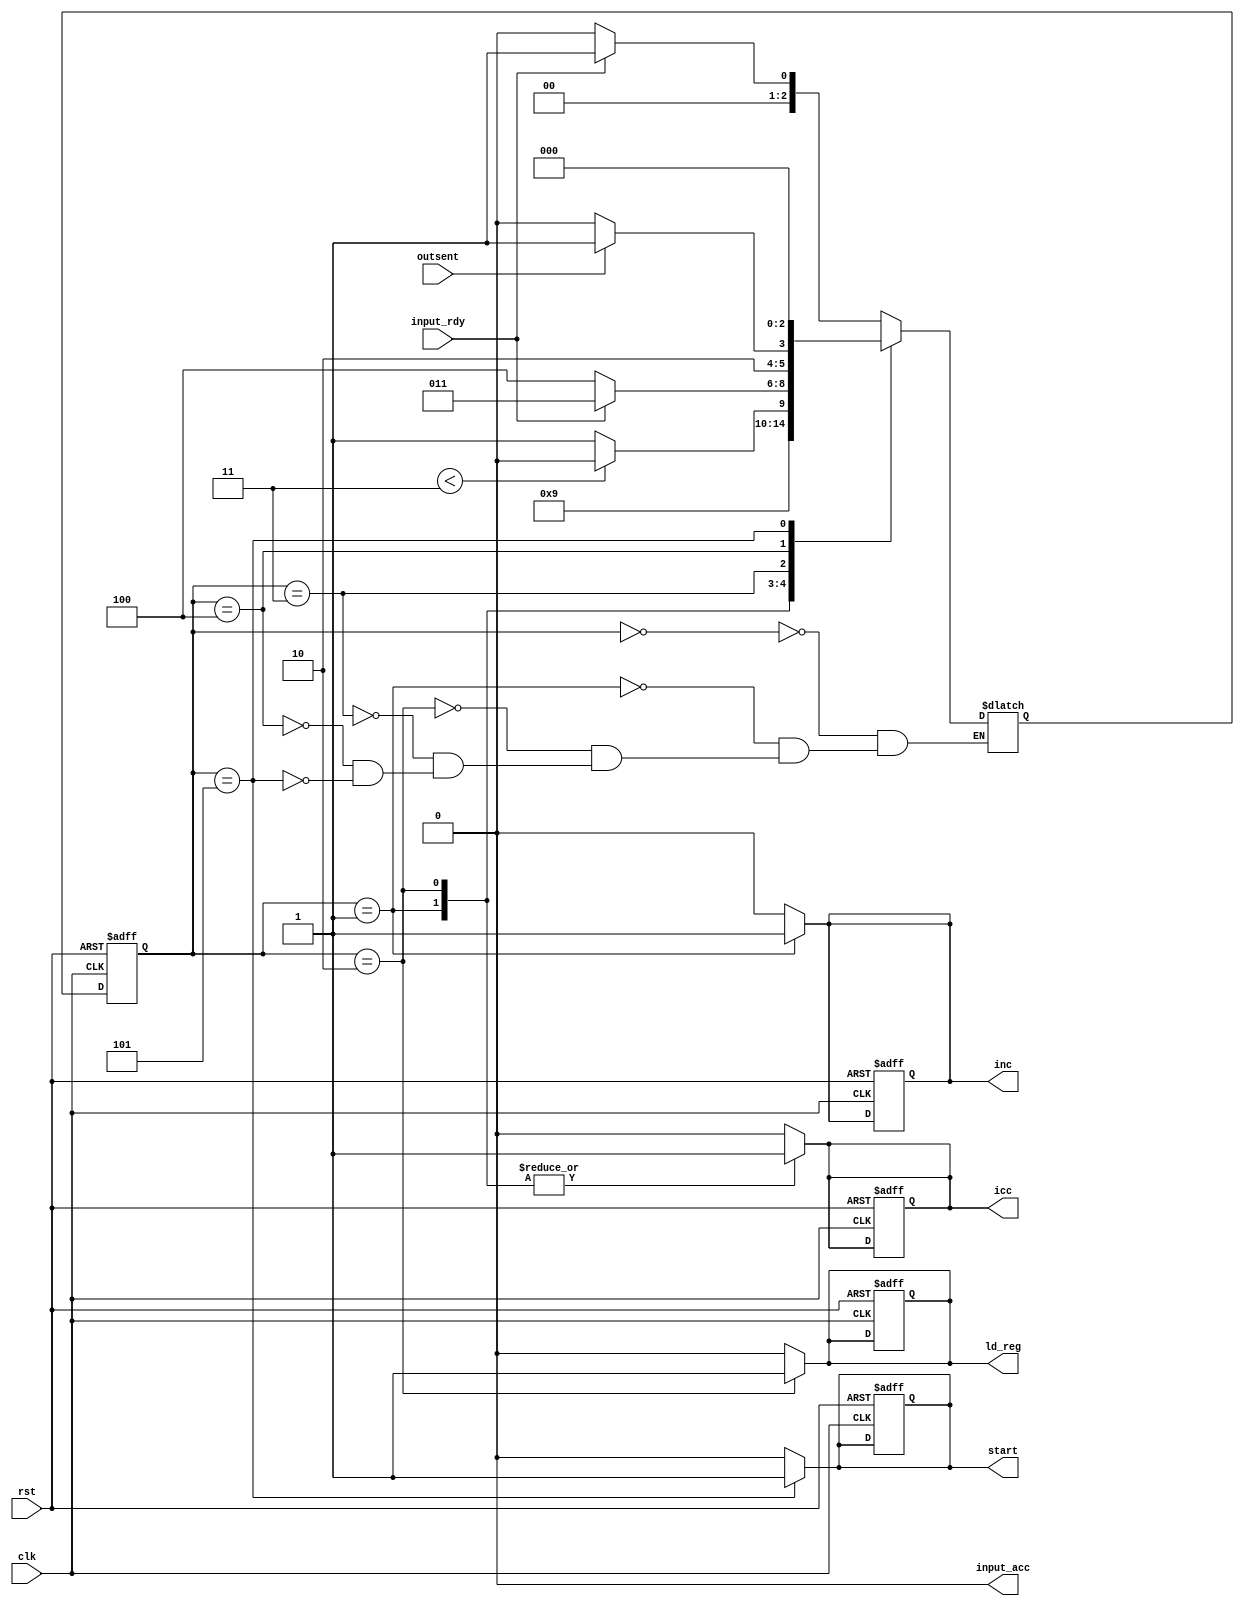
module input_wrapper_cntrlr(input clk,rst,input_rdy,outsent,output reg input_acc,ld_reg,inc,icc,start);
    reg[1:0] cnt;
    reg[2:0] ps,ns;
    parameter[2:0] idle=3'b0,rdy = 3'b001,get_data=3'b010,wait_for_input_rdy=3'b011,wait_for_buffer=3'b100,Start=3'b101;
    always@(posedge clk,posedge rst) begin
        if (rst) begin
            ps <= idle; inc<=0; ld_reg<=0;icc<=0;input_acc<=0;start<=0;
        end
        else ps <= ns;
    end
    always@(ps) begin
        icc=0;ld_reg=0;inc=0;input_acc=0;start=0;
        case(ps)
        idle: ns = input_rdy ? rdy : idle;
        rdy: begin
            inc = 1;
            icc = 1;
            ns = get_data;
        end
        get_data: begin
            ld_reg=1;
            icc=1;
            ns = cnt < 3 ? get_data : wait_for_input_rdy;
        end
        wait_for_input_rdy: ns = input_rdy ? wait_for_input_rdy : wait_for_buffer;
        wait_for_buffer: ns = outsent ? Start : wait_for_buffer;
        Start: begin
            start=1;
            ns = idle;
        end
        endcase
    end
endmodule